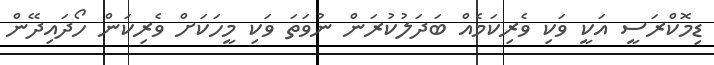
ޑިމޮކްރަސީ އަކީ ވަކި ވެރިކަމެއް ބަދަލުކުރަން ނުވަތަ ވަކި މީހަކަށް ވެރިކަން ހޯދައިދޭން